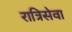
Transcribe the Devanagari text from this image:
रात्रिसेवा